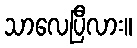
သာလေပြီလား။